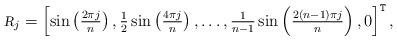
LaTeX: \begin{align*}{\textsl{\footnotesize R}}_j = \textstyle{ \left[\sin\left(\frac{2\pi j}{n}\right), \frac{1}{2}\sin\left(\frac{4\pi j}{n}\right), \ldots, \frac{1}{n-1}\sin\left(\frac{2(n-1)\pi j}{n}\right), 0\right]^{\tt T},} \end{align*}